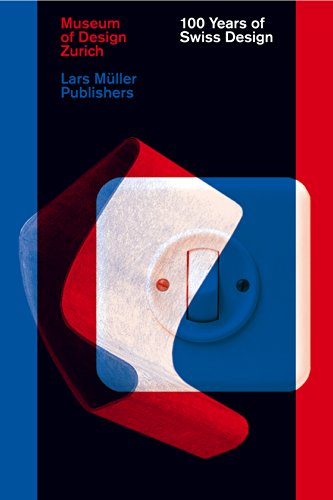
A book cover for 100 Years of Swiss Design; Arts & Photography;